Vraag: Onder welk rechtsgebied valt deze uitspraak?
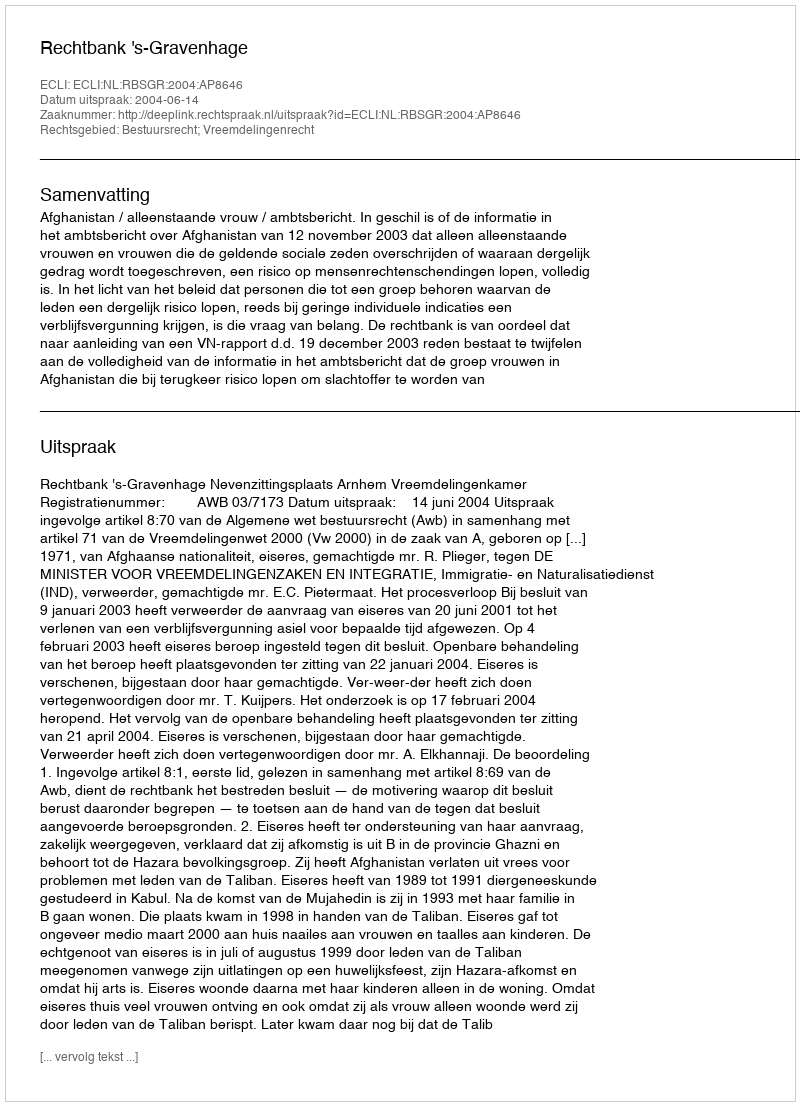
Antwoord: Bestuursrecht; Vreemdelingenrecht